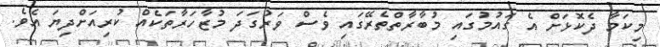
މިކަމާ ދެކޮޅަށް އެ ގައުމުގައި މުބާރާތްތެރޭގައި ވެސް ވަރުގަދަ މުޒާހަރާތަކެއް ކުރިއަށްދިޔަ އެވެ.